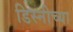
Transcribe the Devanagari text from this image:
डिस्नीच्या